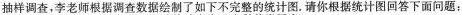
抽样调查，李老师根据调查数据绘制了如下不完整的统计图。请你根据统计图回答下面问题：